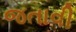
જતાવી